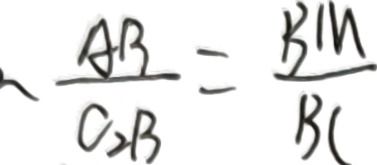
\frac { A B } { C _ { 2 } B } = \frac { B M } { B C }